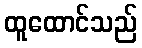
ထူထောင်သည်